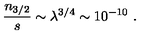
{ \frac { n _ { 3 / 2 } } { s } } \sim \lambda ^ { 3 / 4 } \sim 1 0 ^ { - 1 0 } \ .